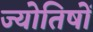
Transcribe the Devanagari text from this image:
ज्याेतिषाें